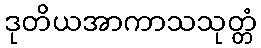
ဒုတိယအာကာသသုတ္တံ